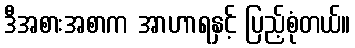
ဒီအစားအစာက အာဟာရနှင့် ပြည့်စုံတယ်။